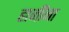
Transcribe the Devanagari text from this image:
हाजींना